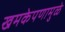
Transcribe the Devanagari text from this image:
खमकेपणामुळे